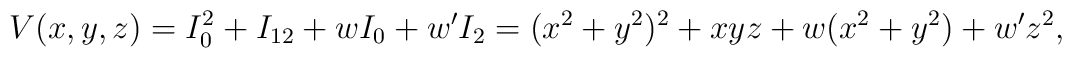
V(x,y,z) = I_0^{2} + I_{12} + wI_0 + w'I_2 = (x^2+y^2)^2 + xyz +w(x^2+y^2) + w'z^2,